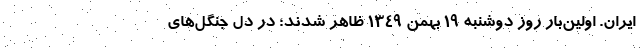
ایران. اولین‌بار روز دوشنبه ۱۹ بهمن ۱۳۴۹ ظاهر شدند؛ در دل جنگل‌های